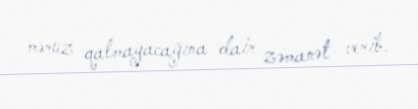
məruz qalmayacağına dair zəmanət verib.